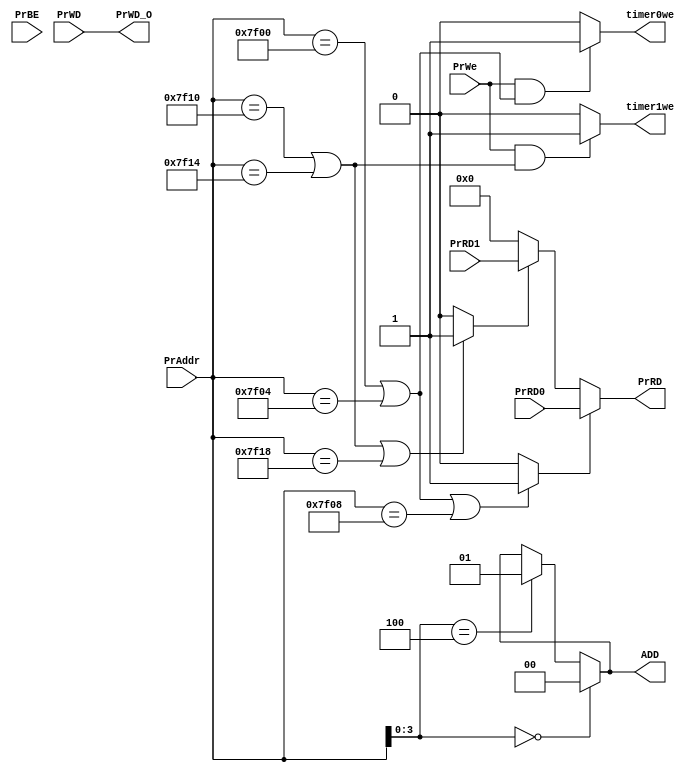
`timescale 1ns / 1ps
//////////////////////////////////////////////////////////////////////////////////
// Company: 
// Engineer: 
// 
// Design Name: 
// Module Name:    bridge 
// Project Name: 
// Target Devices: 
// Tool versions: 
// Description: 
//
// Dependencies: 
//
// Revision: 
// Revision 0.01 - File Created
// Additional Comments: 
//
//////////////////////////////////////////////////////////////////////////////////
module bridge(
	input [31:0] PrAddr,
	input [31:0] PrWD,	/**/
	input [31:0] PrRD0,
	input [31:0] PrRD1,
	input PrWe,
	input [3:0] PrBE,
	output [31:0] PrRD,
	output timer0we,
	output timer1we,
	output [31:0] PrWD_O,
	output [1:0] ADD
    );
	wire timer0 = (PrAddr == 32'h7f00 || PrAddr == 32'h7f04 || PrAddr == 32'h7f08) ? 1 : 0;
	wire timer1 = (PrAddr == 32'h7f10 || PrAddr == 32'h7f14 || PrAddr == 32'h7f18) ? 1 : 0;
	
	assign timer0we = (PrWe && (PrAddr == 32'h7f00 || PrAddr == 32'h7f04)) ? 1 : 0;
	assign timer1we = (PrWe && (PrAddr == 32'h7f10 || PrAddr == 32'h7f14)) ? 1 : 0;
	assign PrRD = (timer0 == 1'b1) ? PrRD0 :
					  (timer1 == 1'b1) ? PrRD1 : 32'b0;
	assign PrWD_O = PrWD;
	assign ADD = (PrAddr[3:0] == 4'h0) ? 2'b0 :
					 (PrAddr[3:0] == 4'h4) ? 2'b01 : ADD;

endmodule